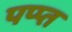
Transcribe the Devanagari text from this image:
पप्प्त